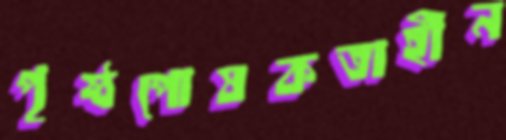
পৃষ্ঠপোষকতাহীন